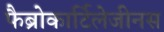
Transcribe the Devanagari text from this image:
फैब्रोकार्टिलेजीनस